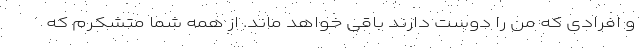
و افرادی که من را دوست دارند باقی خواهد ماند. از همه شما متشکرم که